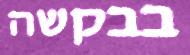
בבקשה